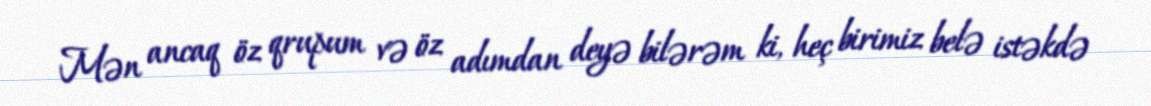
Mən ancaq öz qrupum və öz adımdan deyə bilərəm ki, heç birimiz belə istəkdə